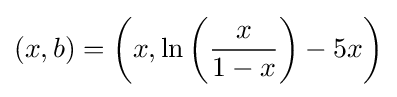
(x,b)=\left(x,\ln \left({\frac {x}{1-x}}\right)-5x\right)